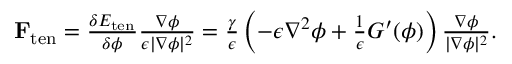
\begin{array} { r } { \mathbf { F } _ { \mathrm { t e n } } = \frac { \delta E _ { \mathrm { t e n } } } { \delta \phi } \frac { \nabla \phi } { \epsilon | \nabla \phi | ^ { 2 } } = \frac { \gamma } { \epsilon } \left( - \epsilon \nabla ^ { 2 } \phi + \frac { 1 } { \epsilon } G ^ { \prime } ( \phi ) \right) \frac { \nabla \phi } { | \nabla \phi | ^ { 2 } } . } \end{array}